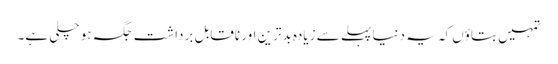
تمہیں بتاؤں کہ یہ دنیا پہلے سے زیادہ بدترین اور ناقابل برداشت جگہ ہو چلی ہے۔